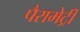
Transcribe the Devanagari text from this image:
पैरामेट्री